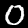
Digit: 0